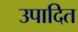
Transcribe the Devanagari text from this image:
उपादित